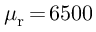
\mu _ { \mathrm { r } } \, { = } \, 6 5 0 0